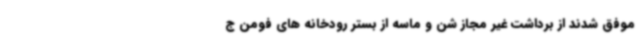
موفق شدند از برداشت غیر مجاز شن و ماسه از بستر رودخانه های فومن ج